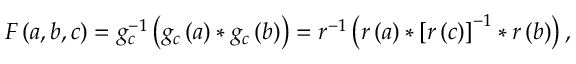
F \left( a , b , c \right) = g _ { c } ^ { - 1 } \left( g _ { c } \left( a \right) * g _ { c } \left( b \right) \right) = r ^ { - 1 } \left( r \left( a \right) * \left[ r \left( c \right) \right] ^ { - 1 } * r \left( b \right) \right) ,